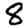
Digit: 8